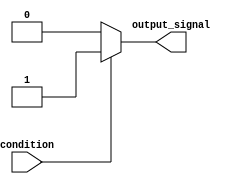
module WaitCondition (
    input wire condition,       // Condition to wait for
    output reg output_signal    // Output signal after condition is met
);

    // Initial block to set the default state of output_signal
    initial begin
        output_signal = 1'b0;  // Default state
    end

    always @* begin
        // Wait for the condition to become true
        if (condition) begin
            output_signal = 1'b1; // Set output_signal when condition is met
        end else begin
            output_signal = 1'b0; // Keep output_signal low if condition is false
        end
    end

endmodule